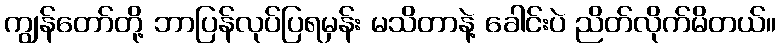
ကျွန်တော်တို့ ဘာပြန်လုပ်ပြရမှန်း မသိတာနဲ့ ခေါင်းပဲ ညိတ်လိုက်မိတယ်။